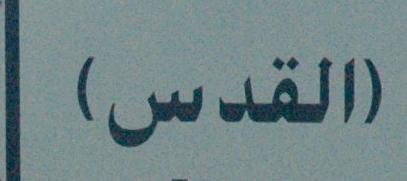
(القدس)